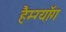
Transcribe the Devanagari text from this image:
हैम्ग्यॉंग